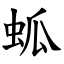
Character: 蛌